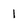
Character: l